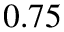
0 . 7 5